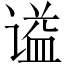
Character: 谥